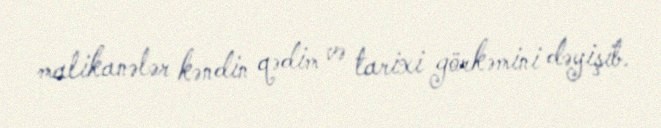
malikanələr kəndin qədim və tarixi görkəmini dəyişib.